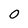
Character: O